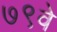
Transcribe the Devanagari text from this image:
७९वे